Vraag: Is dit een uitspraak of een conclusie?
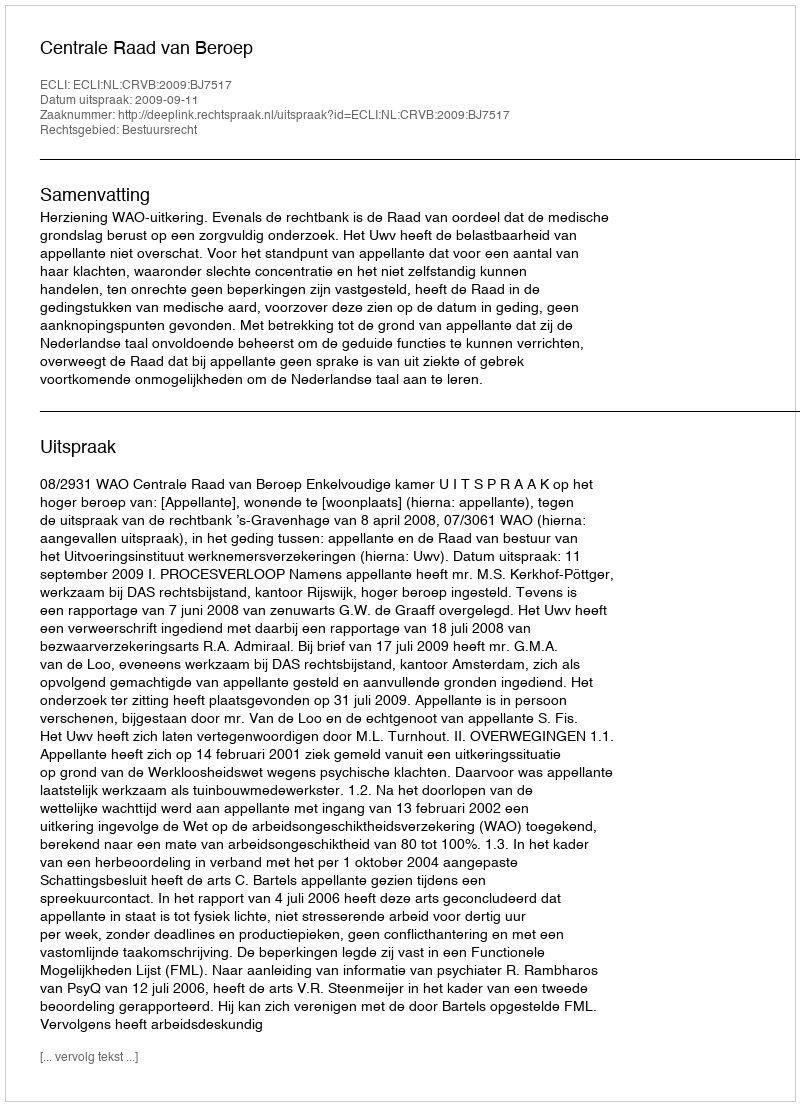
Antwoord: Uitspraak